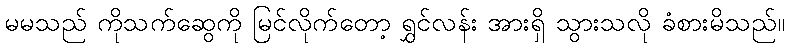
မမသည် ကိုသက်ဆွေကို မြင်လိုက်တော့ ရွှင်လန်း အားရှိ သွားသလို ခံစားမိသည်။